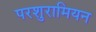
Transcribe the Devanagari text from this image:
परशुरामियन